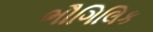
ભૌગિલિક